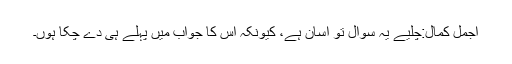
اجمل کمال:چلیے یہ سوال تو آسان ہے، کیونکہ اس کا جواب میں پہلے ہی دے چکا ہوں۔